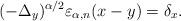
LaTeX: \begin{align*}(-\Delta_y)^{\alpha/2}\varepsilon_{\alpha,n}(x-y) =\delta_x.\end{align*}